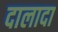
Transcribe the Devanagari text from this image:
दालादा